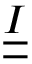
{ \underline { { \underline { I } } } }